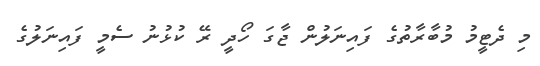
މި ދެޓީމު މުބާރާތުގެ ފައިނަލުން ޖާގަ ހޯދީ ރޭ ކުޅުނު ސެމީ ފައިނަލުގެ